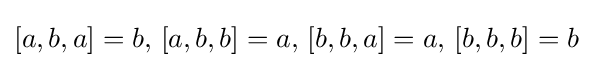
[a,b,a]=b,\,[a,b,b]=a,\,[b,b,a]=a,\,[b,b,b]=b